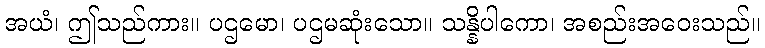
အယံ၊ ဤသည်ကား။ ပဌမော၊ ပဌမဆုံးသော။ သန္နိပါကော၊ အစည်းအဝေးသည်။